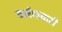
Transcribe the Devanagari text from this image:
नर्मदाघाटी